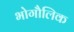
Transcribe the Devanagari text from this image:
भोगौलिक